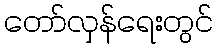
တော်လှန်ရေးတွင်